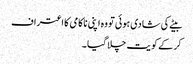
بیٹے کی شادی ہوئی تو وہ اپنی ناکامی کا اعتراف
کر کے کو یت چلا گیا ۔